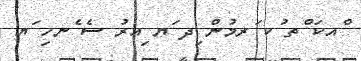
ްއކަ ްތ ުކ ަރމުން ިދ ަޔ ިއރު ސެ ެނހި ަޔ